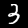
Digit: 3